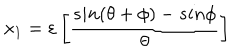
x _ { 1 } = { \varepsilon } \left[ \frac { s i n ( { \theta } + { \phi } ) - s i n { \phi } } { { \theta } } \right]